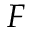
F